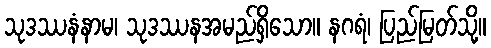
သုဒဿနံနာမ၊ သုဒဿနအမည်ရှိသော။ နဂရံ၊ ပြည်မြတ်သို့။